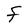
Character: F